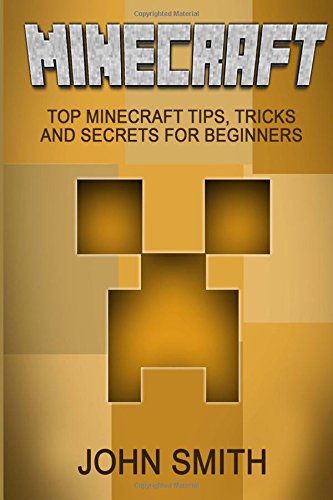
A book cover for Minecraft: Minecraft For Beginners - Top Minecraft Tips, Tricks And Secrets For Beginners (Unofficial Minecraft Guide) (Minecraft, Minecraft Secrets, ... Minecraft Stories, Minecraft Books For Kids); John Smith; Humor & Entertainment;